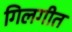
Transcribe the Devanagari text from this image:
गिलगीत